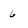
Character: 6